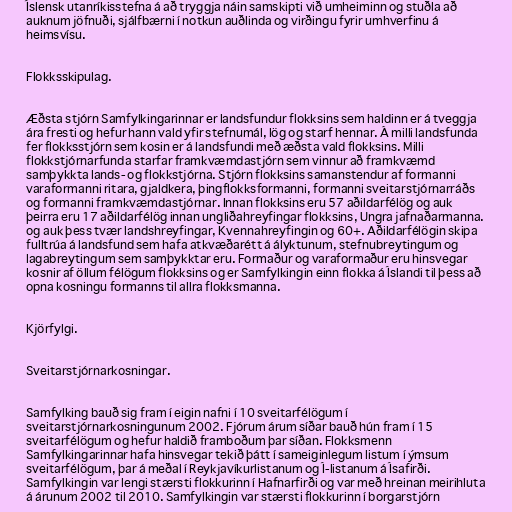
Íslensk utanríkisstefna á að tryggja náin samskipti við umheiminn og stuðla að
auknum jöfnuði, sjálfbærni í notkun auðlinda og virðingu fyrir umhverfinu á
heimsvísu.

Flokksskipulag.

Æðsta stjórn Samfylkingarinnar er landsfundur flokksins sem haldinn er á tveggja
ára fresti og hefur hann vald yfir stefnumál, lög og starf hennar. Á milli landsfunda
fer flokksstjórn sem kosin er á landsfundi með æðsta vald flokksins. Milli
flokkstjórnarfunda starfar framkvæmdastjórn sem vinnur að framkvæmd
samþykkta lands- og flokkstjórna. Stjórn flokksins samanstendur af formanni
varaformanni ritara, gjaldkera, þingflokksformanni, formanni sveitarstjórnarráðs
og formanni framkvæmdastjórnar. Innan flokksins eru 57 aðildarfélög og auk
þeirra eru 17 aðildarfélög innan ungliðahreyfingar flokksins, Ungra jafnaðarmanna.
og auk þess tvær landshreyfingar, Kvennahreyfingin og 60+. Aðildarfélögin skipa
fulltrúa á landsfund sem hafa atkvæðarétt á ályktunum, stefnubreytingum og
lagabreytingum sem samþykktar eru. Formaður og varaformaður eru hinsvegar
kosnir af öllum félögum flokksins og er Samfylkingin einn flokka á Íslandi til þess að
opna kosningu formanns til allra flokksmanna.

Kjörfylgi.

Sveitarstjórnarkosningar.

Samfylking bauð sig fram í eigin nafni í 10 sveitarfélögum í
sveitarstjórnarkosningunum 2002. Fjórum árum síðar bauð hún fram í 15
sveitarfélögum og hefur haldið framboðum þar síðan. Flokksmenn
Samfylkingarinnar hafa hinsvegar tekið þátt í sameiginlegum listum í ýmsum
sveitarfélögum, þar á meðal í Reykjavíkurlistanum og Í-listanum á Ísafirði.
Samfylkingin var lengi stærsti flokkurinn í Hafnarfirði og var með hreinan meirihluta
á árunum 2002 til 2010. Samfylkingin var stærsti flokkurinn í borgarstjórn